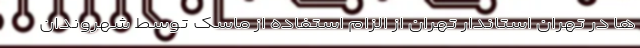
ها در تهران استاندار تهران از الزام استفاده از ماسک توسط شهروندان